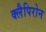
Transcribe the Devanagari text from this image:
क्लैपिरोन